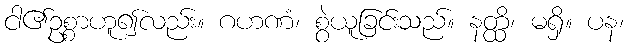
ငါ၏ဥစ္စာဟူ၍လည်း။ ဂဟဏံ၊ စွဲယူခြင်းသည်။ နတ္ထိ၊ မရှိ။ ပန၊